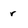
Character: r